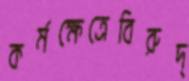
কর্মক্ষেত্রেবিরুদ্